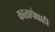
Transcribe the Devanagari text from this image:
काळापेक्षाही